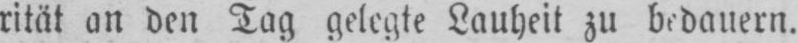
rität an den Tag gelegte Lauheit zu bedauern.